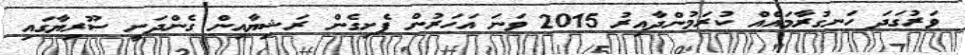
ވަރުގަދަ ހަނގުރާމައެއް ކުރަމުންދާއިރު 2015 ވަނަ އަހަރުން ފެށިގެން ރަޝިޔާއިން ގެންދަނީ ސޫރިޔާގައި